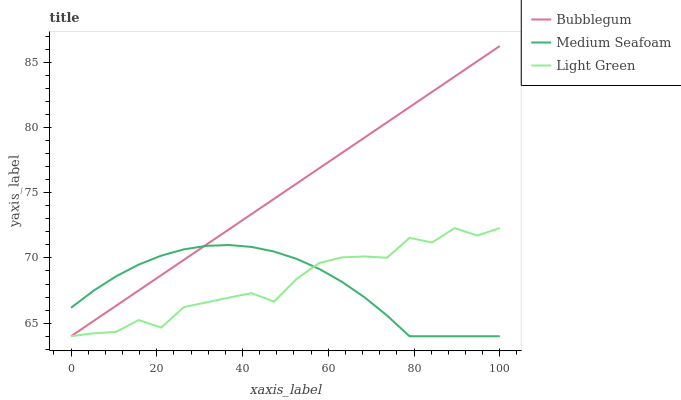
| xaxis_label | Bubblegum | Medium Seafoam | Light Green |
 | --- | --- | --- | --- |
 | 0 | 64 | 66.2 | 64 |
 | 5.26 | 65.2 | 67.5 | 64.2 |
 | 10.5 | 66.3 | 68.6 | 64.3 |
 | 15.8 | 67.5 | 69.5 | 65.2 |
 | 21.1 | 68.7 | 70.2 | 64.7 |
 | 26.3 | 69.9 | 70.7 | 66.2 |
 | 31.6 | 71 | 70.9 | 66.6 |
 | 36.8 | 72.2 | 71 | 67 |
 | 42.1 | 73.4 | 70.8 | 67.3 |
 | 47.4 | 74.5 | 70.5 | 66.7 |
 | 52.6 | 75.7 | 69.9 | 68.4 |
 | 57.9 | 76.9 | 69.2 | 69.6 |
 | 63.2 | 78 | 68.2 | 70 |
 | 68.4 | 79.2 | 67 | 70.1 |
 | 73.7 | 80.4 | 65.6 | 70 |
 | 78.9 | 81.6 | 64 | 71.5 |
 | 84.2 | 82.7 | 64 | 71.2 |
 | 89.5 | 83.9 | 64 | 72.3 |
 | 94.7 | 85.1 | 64 | 71.7 |
 | 100 | 86.2 | 64 | 72.3 |